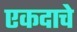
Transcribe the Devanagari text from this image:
एकदाचे